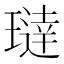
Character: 𬎍